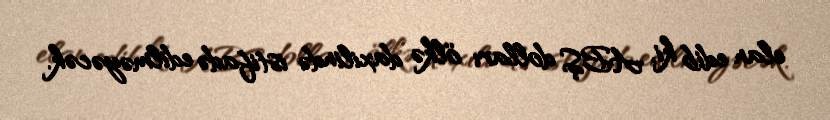
elan edib ki, ABŞ dolları ölkə daxilində istifadə edilməyəcək.